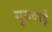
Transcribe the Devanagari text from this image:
गुरुवाई